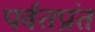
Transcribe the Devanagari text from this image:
पर्वतप्रांत